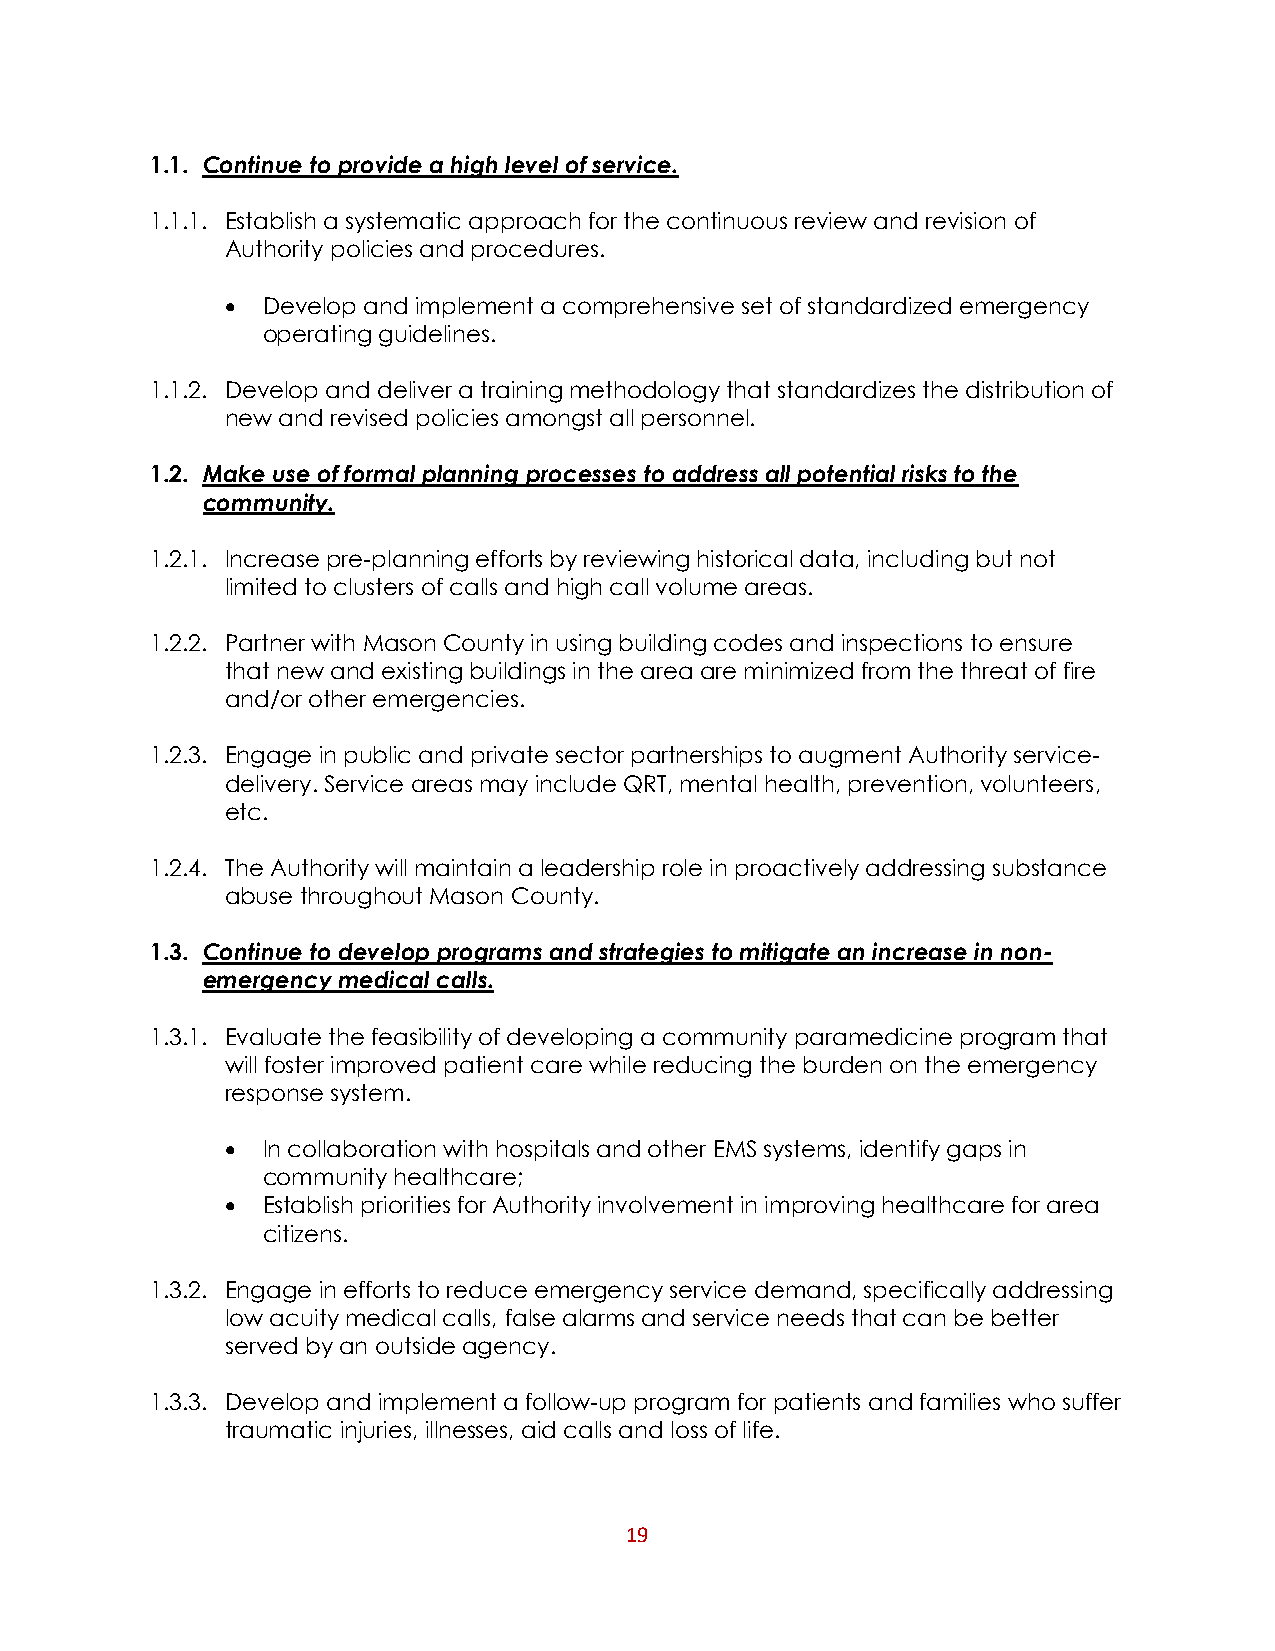
1.1. Continue to provide a high level of service.
 1.1.1. Establish a systematic approach for the continuous review and revision of
 Authority policies and procedures.
  Develop and implement a comprehensive set of standardized emergency
 operating guidelines.
 1.1.2. Develop and deliver a training methodology that standardizes the distribution of
 new and revised policies amongst all personnel.
 1.2. Make use of formal planning processes to address all potential risks to the
 community.
 1.2.1. Increase pre-planning efforts by reviewing historical data, including but not
 limited to clusters of calls and high call volume areas.
 1.2.2. Partner with Mason County in using building codes and inspections to ensure
 that new and existing buildings in the area are minimized from the threat of fire
 and/or other emergencies.
 1.2.3. Engage in public and private sector partnerships to augment Authority service-
 delivery. Service areas may include QRT, mental health, prevention, volunteers,
 etc.
 1.2.4. The Authority will maintain a leadership role in proactively addressing substance
 abuse throughout Mason County.
 1.3. Continue to develop programs and strategies to mitigate an increase in non-
 emergency medical calls.
 1.3.1. Evaluate the feasibility of developing a community paramedicine program that
 will foster improved patient care while reducing the burden on the emergency
 response system.
  In collaboration with hospitals and other EMS systems, identify gaps in
 community healthcare;
  Establish priorities for Authority involvement in improving healthcare for area
 citizens.
 1.3.2. Engage in efforts to reduce emergency service demand, specifically addressing
 low acuity medical calls, false alarms and service needs that can be better
 served by an outside agency.
 1.3.3. Develop and implement a follow-up program for patients and families who suffer
 traumatic injuries, illnesses, aid calls and loss of life.
 19